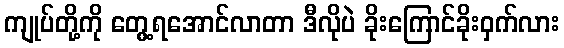
ကျုပ်တို့ကို တွေ့ရအောင်လာတာ ဒီလိုပဲ ခိုးကြောင်ခိုးဝှက်လား